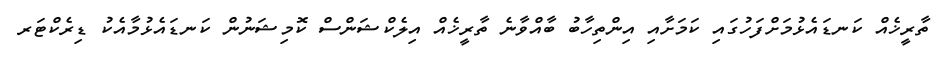
ތާރީޚެއް ކަނޑައެޅުމަށްފަހުގައި ކަމަށާއި އިންތިހާބު ބާއްވާނެ ތާރީޚެއް އިލެކްޝަންސް ކޮމިޝަނުން ކަނޑައެޅުމާއެކު ޑިރެކްޓަރ